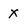
Character: X